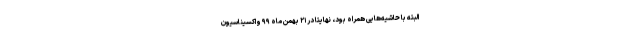
البته با حاشیه‌هایی همراه بود، نهایتا در ۲۱ بهمن ماه ۹۹ واکسیناسیون